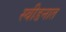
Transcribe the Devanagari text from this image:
स्वीडनात